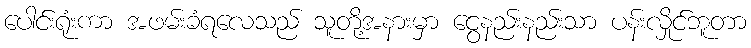
ပေါင်းရုံးကာ အဖမ်းခံရလေသည် သူတို့အနားမှာ ငွေနည်းနည်းသာ ပန်းလှိုင်ဘူတာ